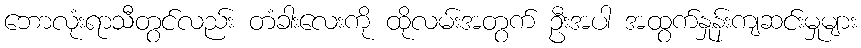
ဘောလုံးရာသီတွင်လည်း တံခါးလေးကို ထိုလမ်းအတွက် ဦးအပါ အထွက်နှုန်းကျဆင်းမှုများ